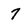
Character: 7